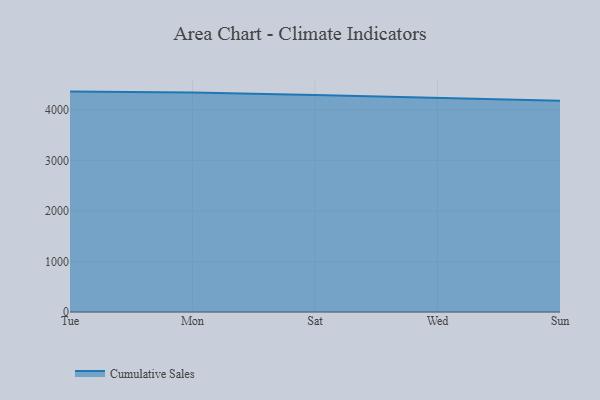
{"axis": {"x": "Day", "y": "Shipments"}, "legend": ["Cumulative Sales"], "data": [{"x": "Tue", "y": 4364.6, "type": "Cumulative Sales"}, {"x": "Mon", "y": 4347.3, "type": "Cumulative Sales"}, {"x": "Sat", "y": 4298.0, "type": "Cumulative Sales"}, {"x": "Wed", "y": 4242.3, "type": "Cumulative Sales"}, {"x": "Sun", "y": 4182.1, "type": "Cumulative Sales"}]}